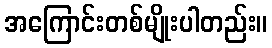
အကြောင်းတစ်မျိုးပါတည်း။